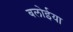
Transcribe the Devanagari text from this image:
बलोईया